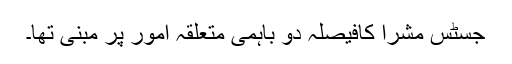
جسٹس مشرا کافیصلہ دو باہمی متعلقہ امور پر مبنی تھا۔